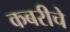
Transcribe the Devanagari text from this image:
कबरीचे